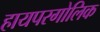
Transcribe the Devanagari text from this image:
हायपरगोलिक